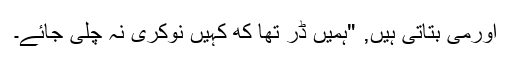
اورمی بتاتی ہیں, "ہمیں ڈر تھا که کہیں نوکری نہ چلی جائے۔